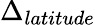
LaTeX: \Delta_{latitude}